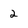
Character: 2